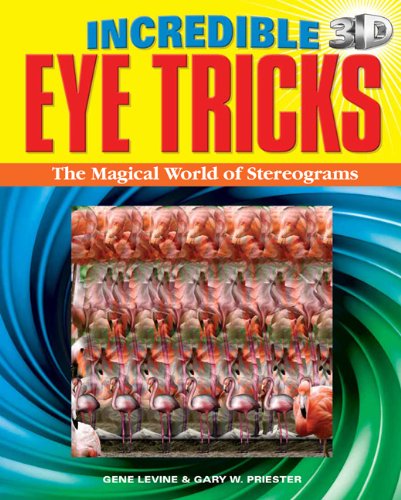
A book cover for Incredible 3D Eye Tricks: The Magical World of Stereograms; Gene Levine; Humor & Entertainment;